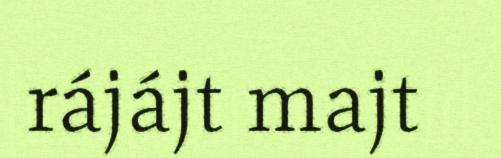
rájájt majt